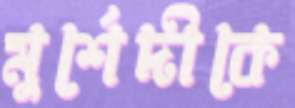
মুর্শেদীকে